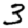
Digit: 3